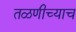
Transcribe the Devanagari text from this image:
तळणीच्याच